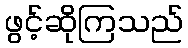
ဖွင့်ဆိုကြသည်